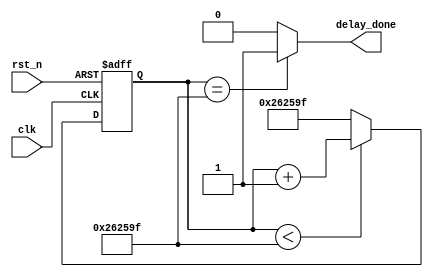
module System_Init_Delay #(
	parameter	SYS_DELAY_TOP = 24'd2500000	//50ms system init delay
)
(
	//global clock
	input	clk,		//50MHz
	input	rst_n,
	//system interface
	output	delay_done
);

//------------------------------------------
//Delay 50ms for steady state when power on
reg	[23:0] delay_cnt;

always@(posedge clk or negedge rst_n) begin
	if(!rst_n)
		delay_cnt <= 24'b0;
	else if(delay_cnt < SYS_DELAY_TOP - 1'b1)
		delay_cnt <= delay_cnt + 1'b1;
	else
		delay_cnt <= SYS_DELAY_TOP - 1'b1;
end

assign	delay_done = (delay_cnt == SYS_DELAY_TOP - 1'b1)? 1'b1 : 1'b0;

endmodule